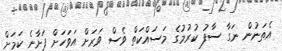
އެތަނުން ނަގާ ސާފު ކުރުމުގެ މަސައްކަތް ވެސް ވަރަށް އަވަހަށް ފަށާނެ ކަމަށް